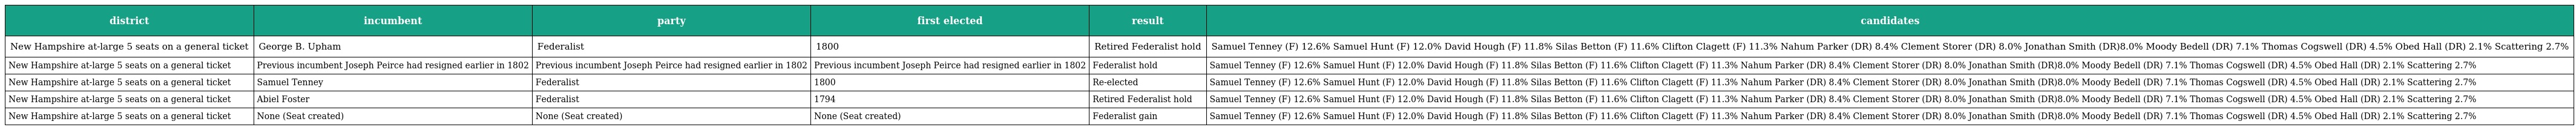
| district | incumbent | party | first elected | result | candidates |
 | --- | --- | --- | --- | --- | --- |
 | New Hampshire at-large 5 seats on a general ticket | George B. Upham | Federalist | 1800 | Retired Federalist hold | Samuel Tenney (F) 12.6% Samuel Hunt (F) 12.0% David Hough (F) 11.8% Silas Betton (F) 11.6% Clifton Clagett (F) 11.3% Nahum Parker (DR) 8.4% Clement Storer (DR) 8.0% Jonathan Smith (DR)8.0% Moody Bedell (DR) 7.1% Thomas Cogswell (DR) 4.5% Obed Hall (DR) 2.1% Scattering 2.7% |
 | New Hampshire at-large 5 seats on a general ticket | Previous incumbent Joseph Peirce had resigned earlier in 1802 | Previous incumbent Joseph Peirce had resigned earlier in 1802 | Previous incumbent Joseph Peirce had resigned earlier in 1802 | Federalist hold | Samuel Tenney (F) 12.6% Samuel Hunt (F) 12.0% David Hough (F) 11.8% Silas Betton (F) 11.6% Clifton Clagett (F) 11.3% Nahum Parker (DR) 8.4% Clement Storer (DR) 8.0% Jonathan Smith (DR)8.0% Moody Bedell (DR) 7.1% Thomas Cogswell (DR) 4.5% Obed Hall (DR) 2.1% Scattering 2.7% |
 | New Hampshire at-large 5 seats on a general ticket | Samuel Tenney | Federalist | 1800 | Re-elected | Samuel Tenney (F) 12.6% Samuel Hunt (F) 12.0% David Hough (F) 11.8% Silas Betton (F) 11.6% Clifton Clagett (F) 11.3% Nahum Parker (DR) 8.4% Clement Storer (DR) 8.0% Jonathan Smith (DR)8.0% Moody Bedell (DR) 7.1% Thomas Cogswell (DR) 4.5% Obed Hall (DR) 2.1% Scattering 2.7% |
 | New Hampshire at-large 5 seats on a general ticket | Abiel Foster | Federalist | 1794 | Retired Federalist hold | Samuel Tenney (F) 12.6% Samuel Hunt (F) 12.0% David Hough (F) 11.8% Silas Betton (F) 11.6% Clifton Clagett (F) 11.3% Nahum Parker (DR) 8.4% Clement Storer (DR) 8.0% Jonathan Smith (DR)8.0% Moody Bedell (DR) 7.1% Thomas Cogswell (DR) 4.5% Obed Hall (DR) 2.1% Scattering 2.7% |
 | New Hampshire at-large 5 seats on a general ticket | None (Seat created) | None (Seat created) | None (Seat created) | Federalist gain | Samuel Tenney (F) 12.6% Samuel Hunt (F) 12.0% David Hough (F) 11.8% Silas Betton (F) 11.6% Clifton Clagett (F) 11.3% Nahum Parker (DR) 8.4% Clement Storer (DR) 8.0% Jonathan Smith (DR)8.0% Moody Bedell (DR) 7.1% Thomas Cogswell (DR) 4.5% Obed Hall (DR) 2.1% Scattering 2.7% |